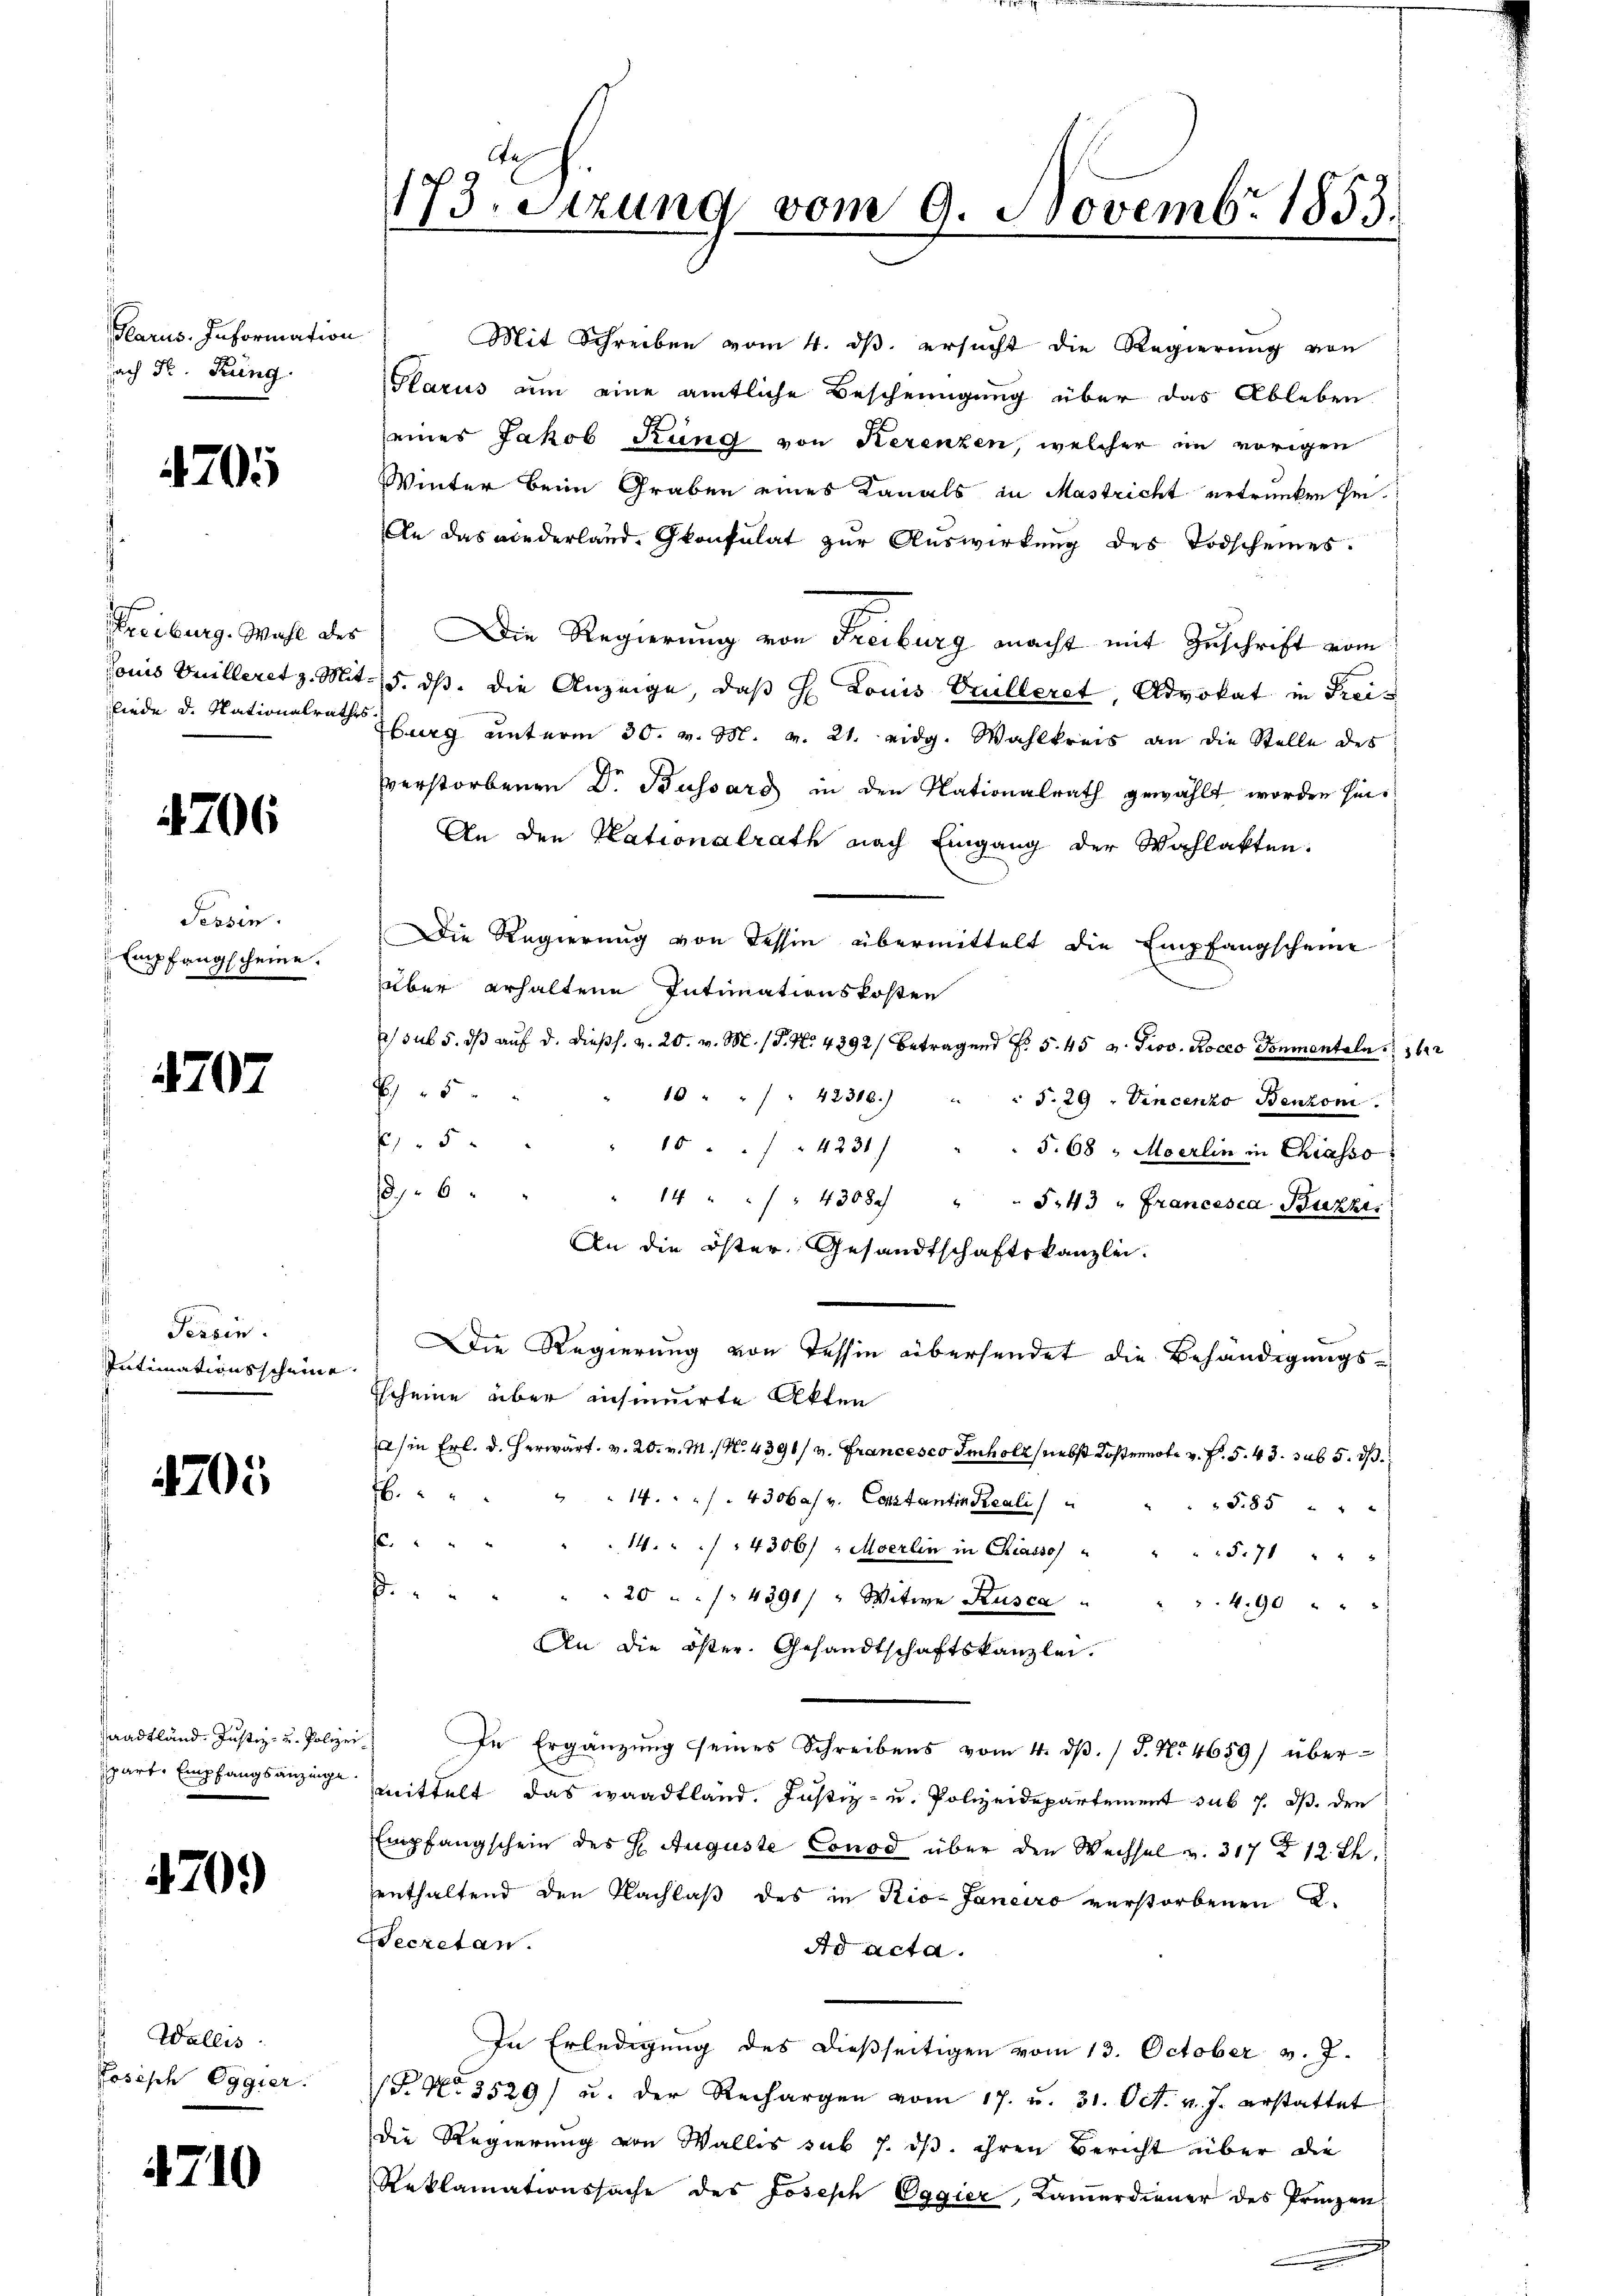
Plarus. Information
ach Fr. Kung.

705

4706

Tessin.
Empfangscheine.

1707

Perein.
Intimationsscheine.

705

saadtländ. Justiz- u. Polizei

4709

Wallis.
Josisch Eggier.

4710

173. Sitzung vom 9. Novembr 1853.

Mit Schreiben vom 4. ds. ersucht die Regierung von
Glarus um eine amtliche Bescheinigung über das Ableben
eines Jakob Rung von Kerenzen, welcher im vorigen
Winter beim Graben eines Kanals in Mastricht ertrunken sei.
An das niederland. Gkonsulat zur Auswirkung des Todscheines.
Streiburg. Wahl der Die Regierung von Freiburg macht mit Zuschrift vom
Conis Vuilleret z. Mit- 15. ds. die Anzeige, daß H. Louis Crulleret, Advokat in Freibiede d. Nationalrath Burg unterm 30. v. M. v. 21. eidg. Wahlkreis an die Stelle des
verstorbenen Dr. Bussers in den Nationalrath gewählt worden hin¬
An den Kationalrath nach Eingang der Wahlakten.
Die Regierung von dessen übermittelt die Empfangscheine
über erhaltene Intimationskosten
2 sub 5. dβ aŭf d. dießs. v. 20. v. M. P. Nr. 4892/ betragend §. 5. 45 v. Prov. Rocco Ponmentaln 62
5
10 " " " 42308.)
B
" S. 29 . Vincenzo Benzon
5
10 . . 4231) " " 568. Moerlin in Chiasso
8. 6
" 14 " " " 4308 " " S.43 " Francesca Buche
An die öster Gesandtschaftskanzlei.
Die Regierung von Tessin übersendet die Behändigungs¬
Escheine über insinuirte Akten
a) in Frl. d. Herwärt. v. 20. v. M. N. 4391/2. Francesco Imholz, nebst Kostennote v. F. S. 43. sub 5. dß.
.
14 " " 4306af v. Constantin Reali
5.85 " " "
f
14 " 4306/ "Moerlin in Chiasso
5.71 " " "
.
20 / 4391/ " Witwe Rusca
4.90 " " "
An die öster. Gesandtschaftskanzlei.
In Ergänzŭng seines Schreibens vom 4. dβ. / 5. No 4659) über-
sparte Empfangsanzung mittelt das waadtland. Justiz- u. Polizeidepartement sub 7. ds. den
Empfangschein des H. Auguste Conod über den Wechsel v. 317 f 12 Th
enthaltend den Nachlaß des in Rio. Janeiro verstorbenen L.
Secretan.
Ad acta.
In Erledigung des dießseitigen vom 13. October v. J.
 No 3529) u. der Rechargen vom 17. u. 31. Oct. v. J. erstattet
Die Regierung von Wallis sub 7. dß. ihren Bericht über die
Reklamationssache des Joseph Oggier, Kamerdiener des Prinzen